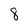
Character: 8